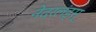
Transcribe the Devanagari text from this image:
नेदरलंड्स्